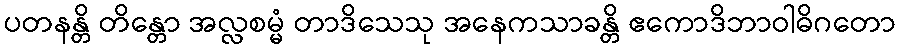
ပတနန္တိ တိန္တော အလ္လစမ္မံ တာဒိသေသု အနေကသာခန္တိ ဧကောဒိဘာဝါဓိဂတော